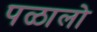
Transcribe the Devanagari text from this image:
पळालो